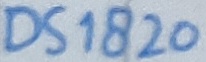
Text: DS1820